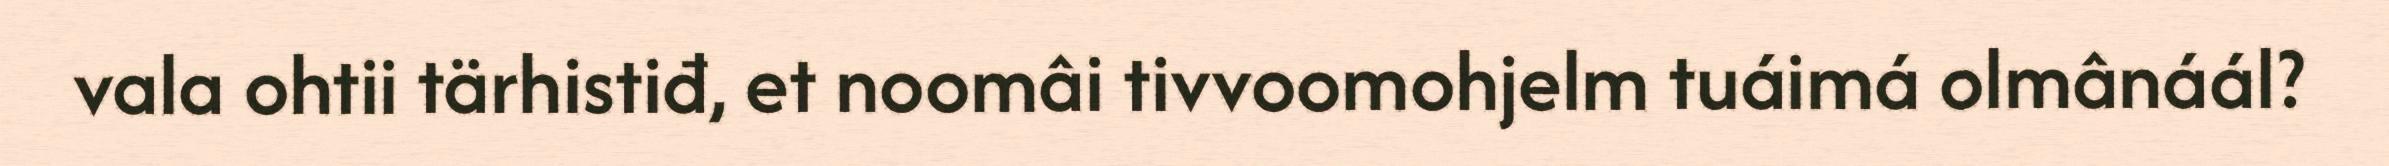
vala ohtii tärhistiđ, et noomâi tivvoomohjelm tuáimá olmânáál?